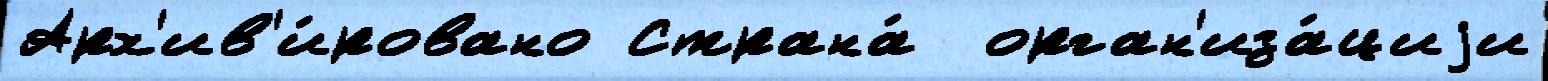
Арх'ив'и́ровано Страна́  орган'иза́циjи